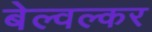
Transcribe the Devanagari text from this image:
बेल्वल्कर